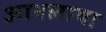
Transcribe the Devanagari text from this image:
आभलाषा